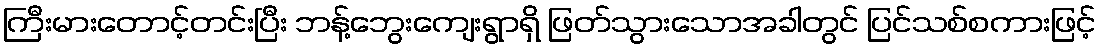
ကြီးမားတောင့်တင်းပြီး ဘန့်ဘွေးကျေးရွာရှိ ဖြတ်သွားသောအခါတွင် ပြင်သစ်စကားဖြင့်